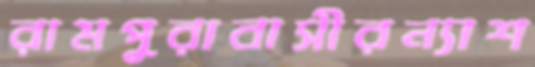
রামপুরাবাসীরন্যাশ